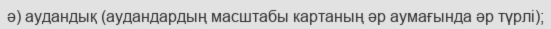
ә) аудандық (аудандардың масштабы картаның әр аумағында әр түрлі);